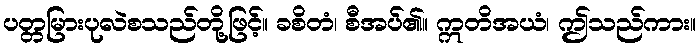
ပတ္တမြားပုလဲစသည်တို့ဖြင့်။ ခစိတံ၊ စီအပ်၏။ ဣတိအယံ၊ ဤသည်ကား။